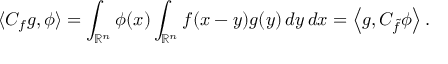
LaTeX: \langle C _ { f } g , \phi \rangle = \int _ { \mathbb { R } ^ { n } } \phi ( x ) \int _ { \mathbb { R } ^ { n } } f ( x - y ) g ( y ) \, d y \, d x = \left\langle g , C _ { \tilde { f } } \phi \right\rangle .